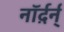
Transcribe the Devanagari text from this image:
नॉर्द़र्न्